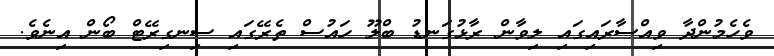
ވެހެމުންދާ ވިއްސާރައިގައި ލިވާން ރާޅުގަނޑު ބްލޫ ހައުސް ތެރޭގައި ސިނގިރޭޓް ބޯން އިނެވެ.